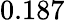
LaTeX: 0.187